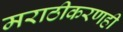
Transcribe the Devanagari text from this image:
मराठीकरणही